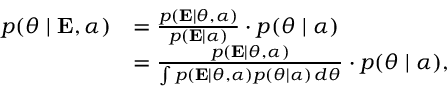
{ \begin{array} { r l } { p ( { \boldsymbol { \theta } } \mid \mathbf { E } , { \boldsymbol { \alpha } } ) } & { = { \frac { p ( \mathbf { E } \mid { \boldsymbol { \theta } } , { \boldsymbol { \alpha } } ) } { p ( \mathbf { E } \mid { \boldsymbol { \alpha } } ) } } \cdot p ( { \boldsymbol { \theta } } \mid { \boldsymbol { \alpha } } ) } \\ & { = { \frac { p ( \mathbf { E } \mid { \boldsymbol { \theta } } , { \boldsymbol { \alpha } } ) } { \int p ( \mathbf { E } \mid { \boldsymbol { \theta } } , { \boldsymbol { \alpha } } ) p ( { \boldsymbol { \theta } } \mid { \boldsymbol { \alpha } } ) \, d { \boldsymbol { \theta } } } } \cdot p ( { \boldsymbol { \theta } } \mid { \boldsymbol { \alpha } } ) , } \end{array} }